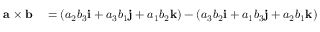
\begin{array} { r l } { \mathbf { a \times b } } & { { } = ( a _ { 2 } b _ { 3 } \mathbf { i } + a _ { 3 } b _ { 1 } \mathbf { j } + a _ { 1 } b _ { 2 } \mathbf { k } ) - ( a _ { 3 } b _ { 2 } \mathbf { i } + a _ { 1 } b _ { 3 } \mathbf { j } + a _ { 2 } b _ { 1 } \mathbf { k } ) } \end{array}